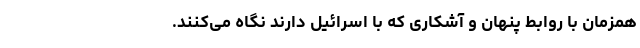
همزمان با روابط پنهان و آشکاری که با اسرائیل دارند نگاه می‌کنند.